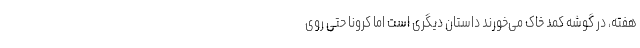
هفته، در گوشه کمد خاک می‌خورند داستان دیگری است اما کرونا حتی روی